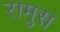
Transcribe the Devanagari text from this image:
रामुस